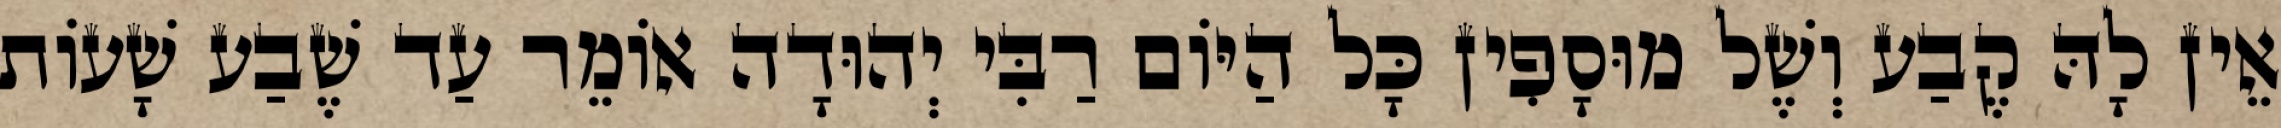
אֵין לָהּ קֶבַע וְשֶׁל מוּסָפִין כָּל הַיּוֹם רַבִּי יְהוּדָה אוֹמֵר עַד שֶׁבַע שָׁעוֹת